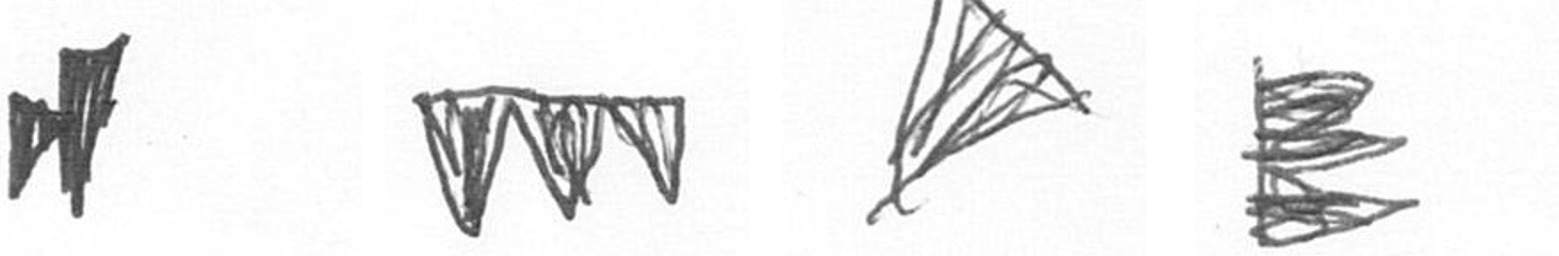
M L O H